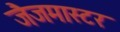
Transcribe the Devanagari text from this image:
जैजमास्टर